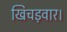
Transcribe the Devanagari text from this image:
खिचड़वार।